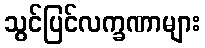
သွင်ပြင်လက္ခဏာများ